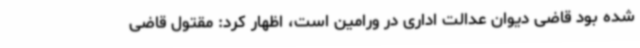
شده بود قاضی دیوان عدالت اداری در ورامین است، اظهار کرد: مقتول قاضی